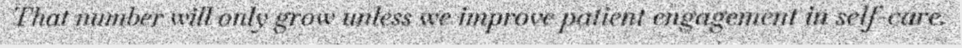
That number will only grow unless we improve patient engagement in self-care.